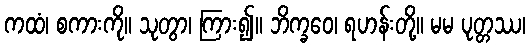
ကထံ၊ စကားကို။ သုတွာ၊ ကြား၍။ ဘိက္ခဝေ၊ ရဟန်းတို့။ မမ ပုတ္တဿ၊